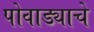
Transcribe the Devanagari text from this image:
पोवाड्याचे